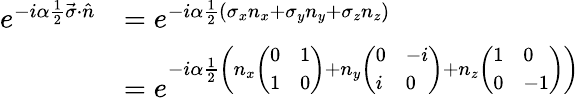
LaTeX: \begin{array}{rl}{e^{-i\alpha{\frac{1}{2}}\vec{\sigma}\cdot\hat{n}}}&{=e^{-i\alpha{\frac{1}{2}}(\sigma_{x}n_{x}+\sigma_{y}n_{y}+\sigma_{z}n_{z})}}\\ &{=e^{-i\alpha{\frac{1}{2}}\bigg(n_{x}\left(\begin{array}{ll}{0}&{1}\\ {1}&{0}\end{array}\right)+n_{y}\left(\begin{array}{ll}{0}&{-i}\\ {i}&{0}\end{array}\right)+n_{z}\left(\begin{array}{ll}{1}&{0}\\ {0}&{-1}\end{array}\right)\bigg)}}\end{array}